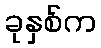
ခုနှစ်က